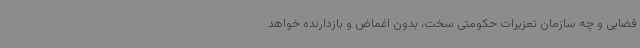
قضایی و چه سازمان تعزیرات حکومتی سخت، بدون اغماض و بازدارنده خواهد